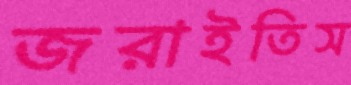
জরাইতিস